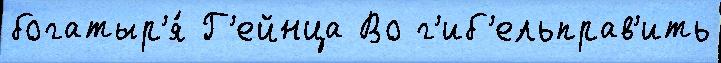
богатыр'я́ Г'ейнца Во г'иб'ельправ'ить